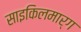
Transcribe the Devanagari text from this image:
साइकिलमार्ग